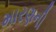
મારણની